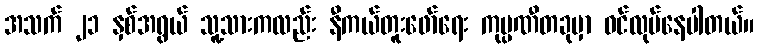
အသက် ၂၁ နှစ်အရွယ် သူ့သားကလည်း နီကယ်တူးဖော်ရေး ကုမ္ပဏီတခုမှာ ဝင်လုပ်နေပါတယ်။